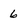
Character: 6